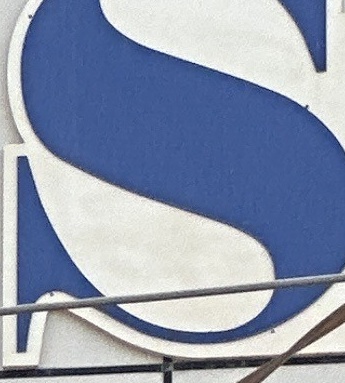
S